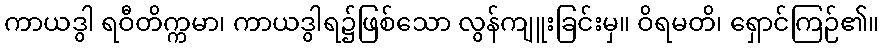
ကာယဒွါ ရဝီတိက္ကမာ၊ ကာယဒွါရ၌ဖြစ်သော လွန်ကျူးခြင်းမှ။ ဝိရမတိ၊ ရှောင်ကြဉ်၏။